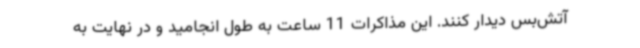
آتش‌بس دیدار کنند. این مذاکرات 11 ساعت به طول انجامید و در نهایت به